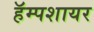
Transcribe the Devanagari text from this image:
हॅम्पशायर